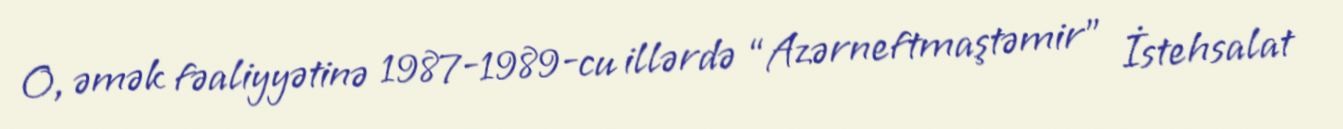
O, əmək fəaliyyətinə 1987-1989-cu illərdə “Azərneftmaştəmir” İstehsalat